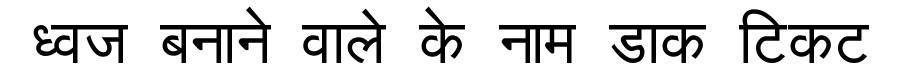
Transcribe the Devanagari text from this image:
ध्वज बनाने वाले के नाम डाक टिकट